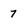
Character: 7